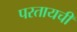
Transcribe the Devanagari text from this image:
परतायची